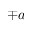
\mp a